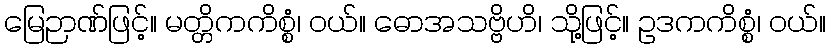
မြေဉာဏ်ဖြင့်။ မတ္တိကကိစ္စံ၊ ဝယ်။ ဓောအသဗ္ဗိဟိ၊ သို့ဖြင့်။ ဥဒကကိစ္စံ၊ ဝယ်။